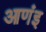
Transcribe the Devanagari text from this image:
आणंइ